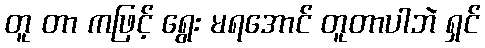
တူ တာ ကဖြင့် ရွေး မရအောင် တူတာပါဘဲ ရှင်